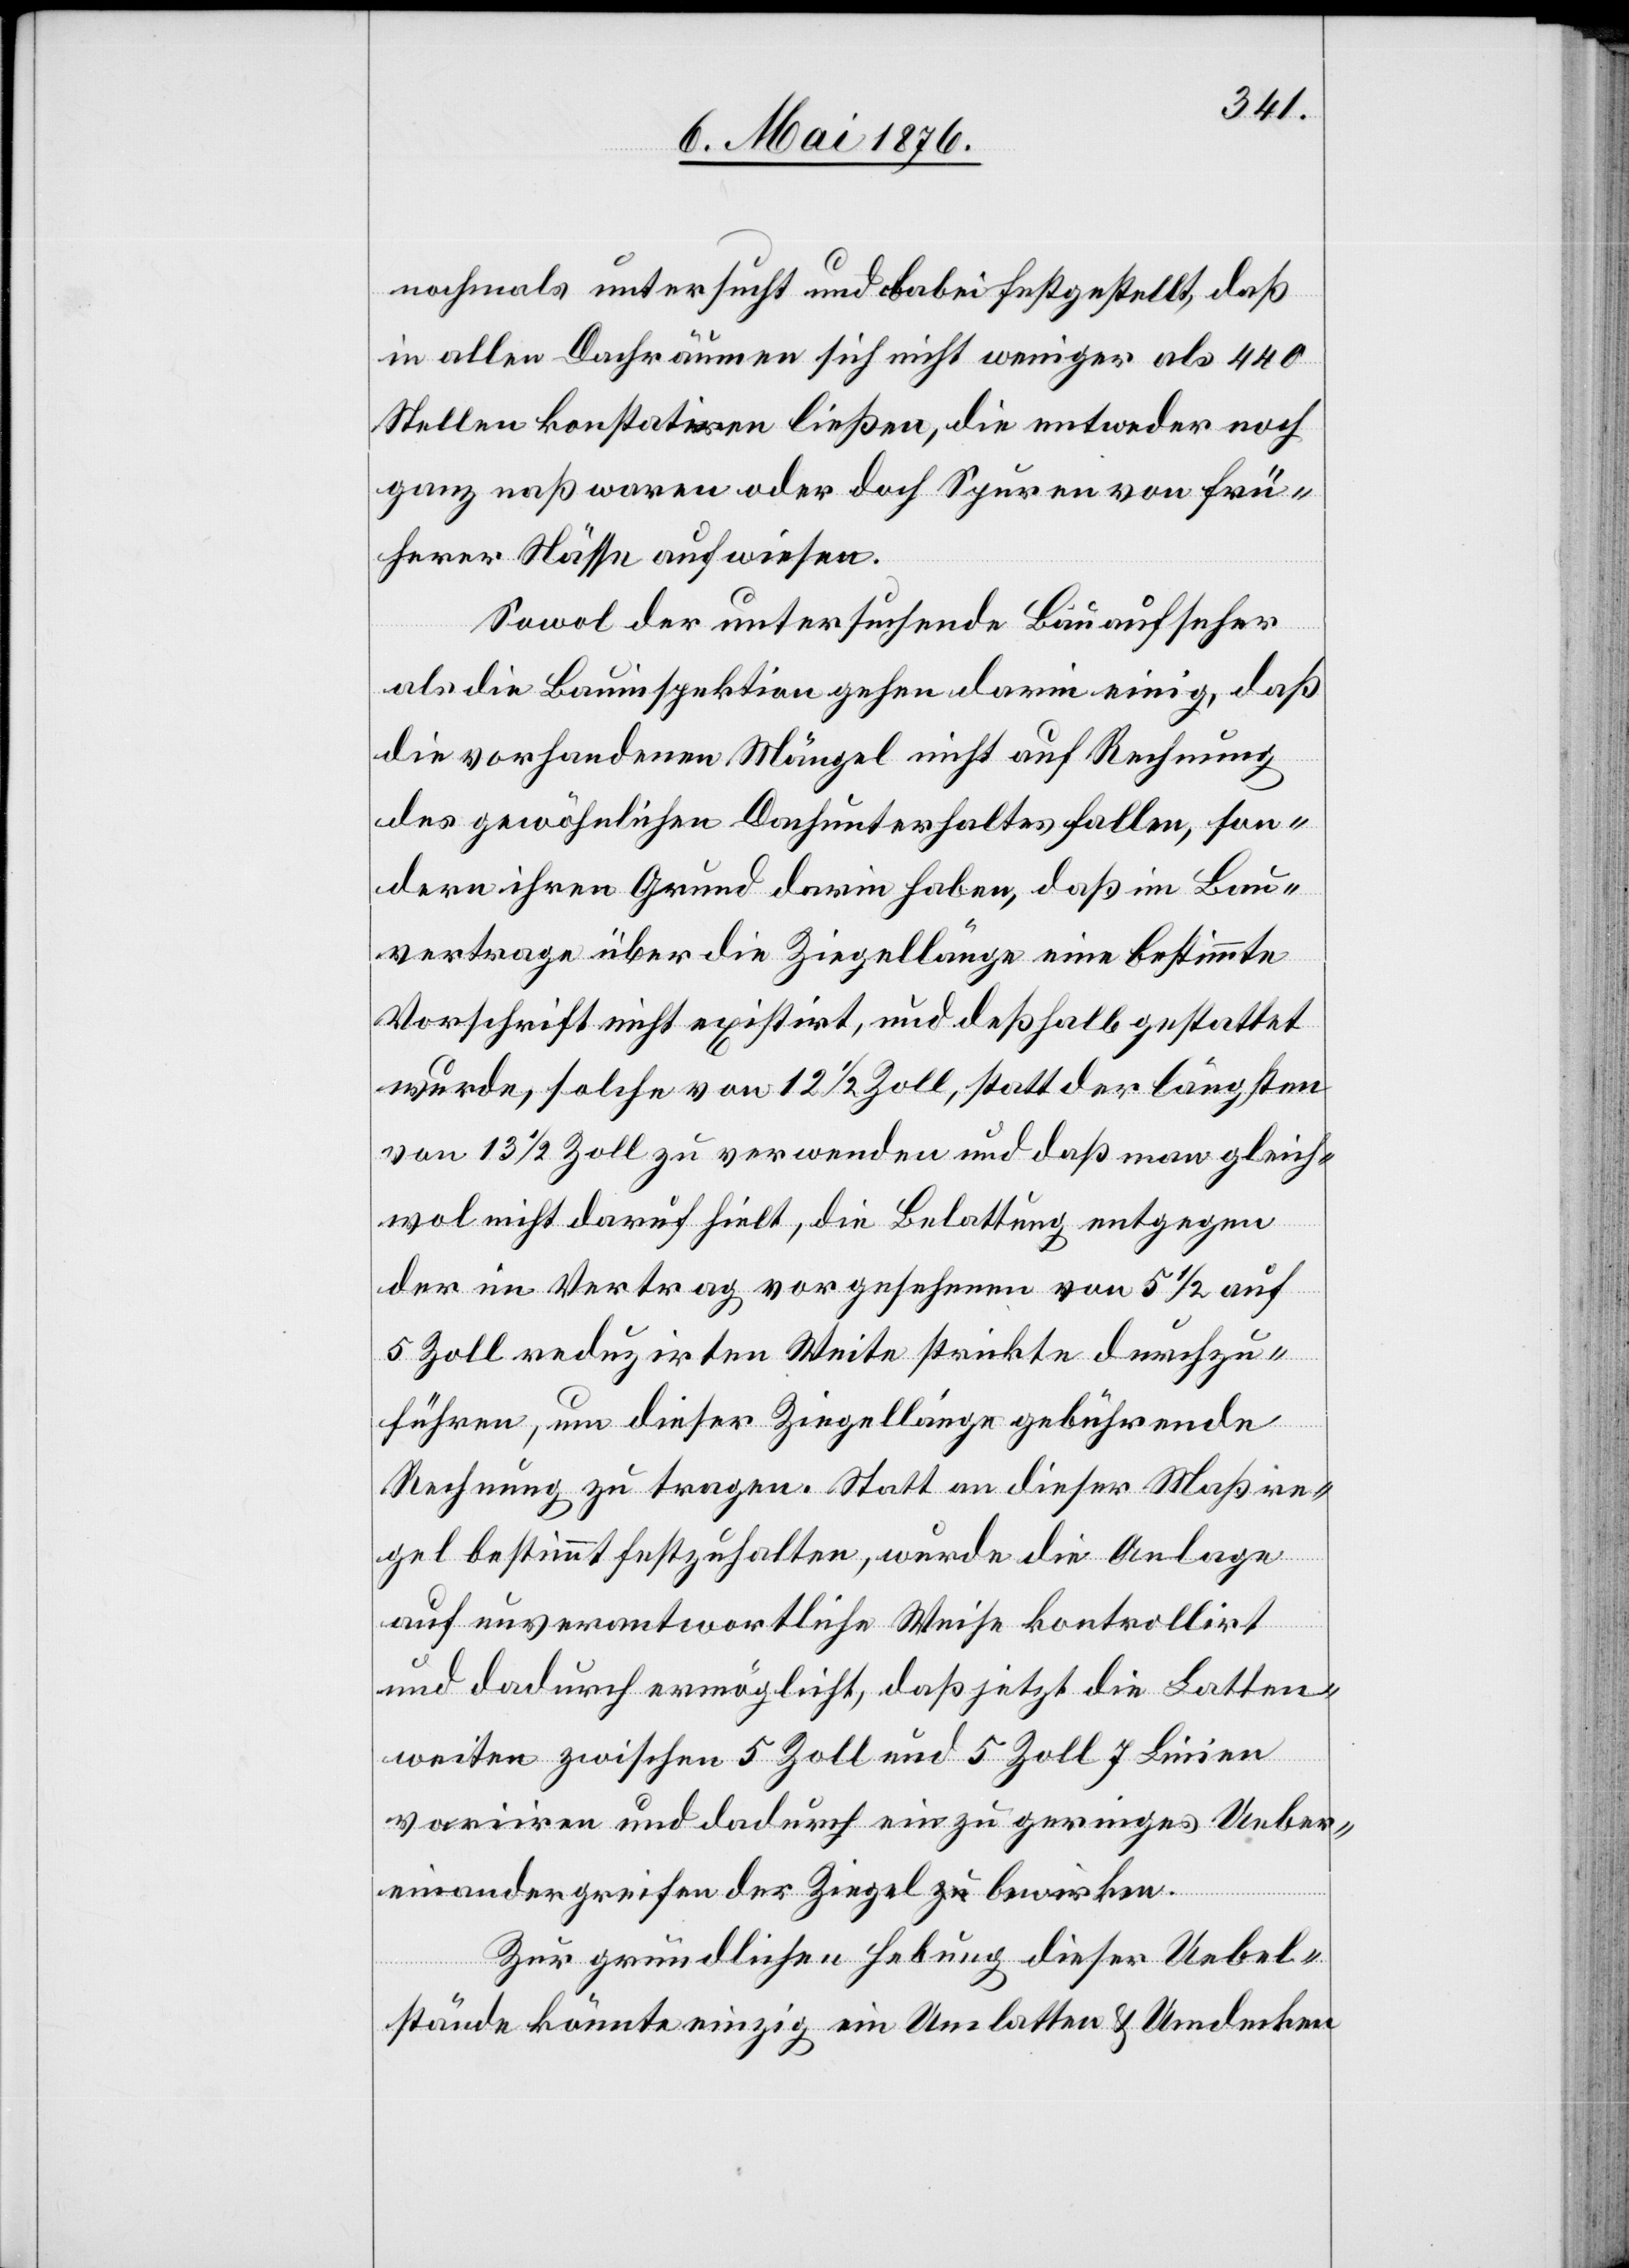
nochmals untersucht und dabei festgestellt, daß
in allen Dachräumen sich nicht weniger als 440
Stellen konstatiren ließen, die entweder noch
ganz naß waren oder doch Spuren von frü¬
herer Nässe aufwiesen.
Sowol der untersuchende Bauaufseher
als die Bauinspektion gehen darin einige, daß
die vorhandenen Mängel nicht auf Rechnung
des gewöhnlichen Dachunterhaltes fallen, son¬
dern ihren Grund darin haben, daß im Bau¬
vertrage über die Ziegellänge eine bestimmte
Vorschrift nicht existirt, und deßhalb gestattet
wurde, solche von 12 1/2 Zoll, statt der längsten
von 13 1/2 Zoll zu verwenden und daß man gleich¬
wol nicht daruf [sic!] hielt, die Belattung entgegen
der im Vertrag vorgesehenen von 5 1/2 auf
5 Zoll reduzirten Weite strickte durchzu¬
führen, um dieser Ziegellänge gebührende
Rechnung zu tragen. Statt an dieser Maßre¬
gel bestimmt festzuhalten, wurde die Anlage
auf unverantwortliche Weise kontrollirt
und dadurch ermöglicht, daß jetzt die Latten¬
weiten zwischen 5 Zoll und 5 Zoll 7 Linien
variiren und dadurch ein zu geringes Ueber¬
einandergreifen der Ziegel bewirken.
Zur gründlichen Hebung dieser Uebel¬
stände könnte einzig ein Umlatten & Umdecken